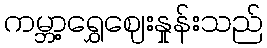
ကမ္ဘာ့ရွှေဈေးနှုန်းသည်